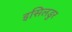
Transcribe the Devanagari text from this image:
इसिलडुर